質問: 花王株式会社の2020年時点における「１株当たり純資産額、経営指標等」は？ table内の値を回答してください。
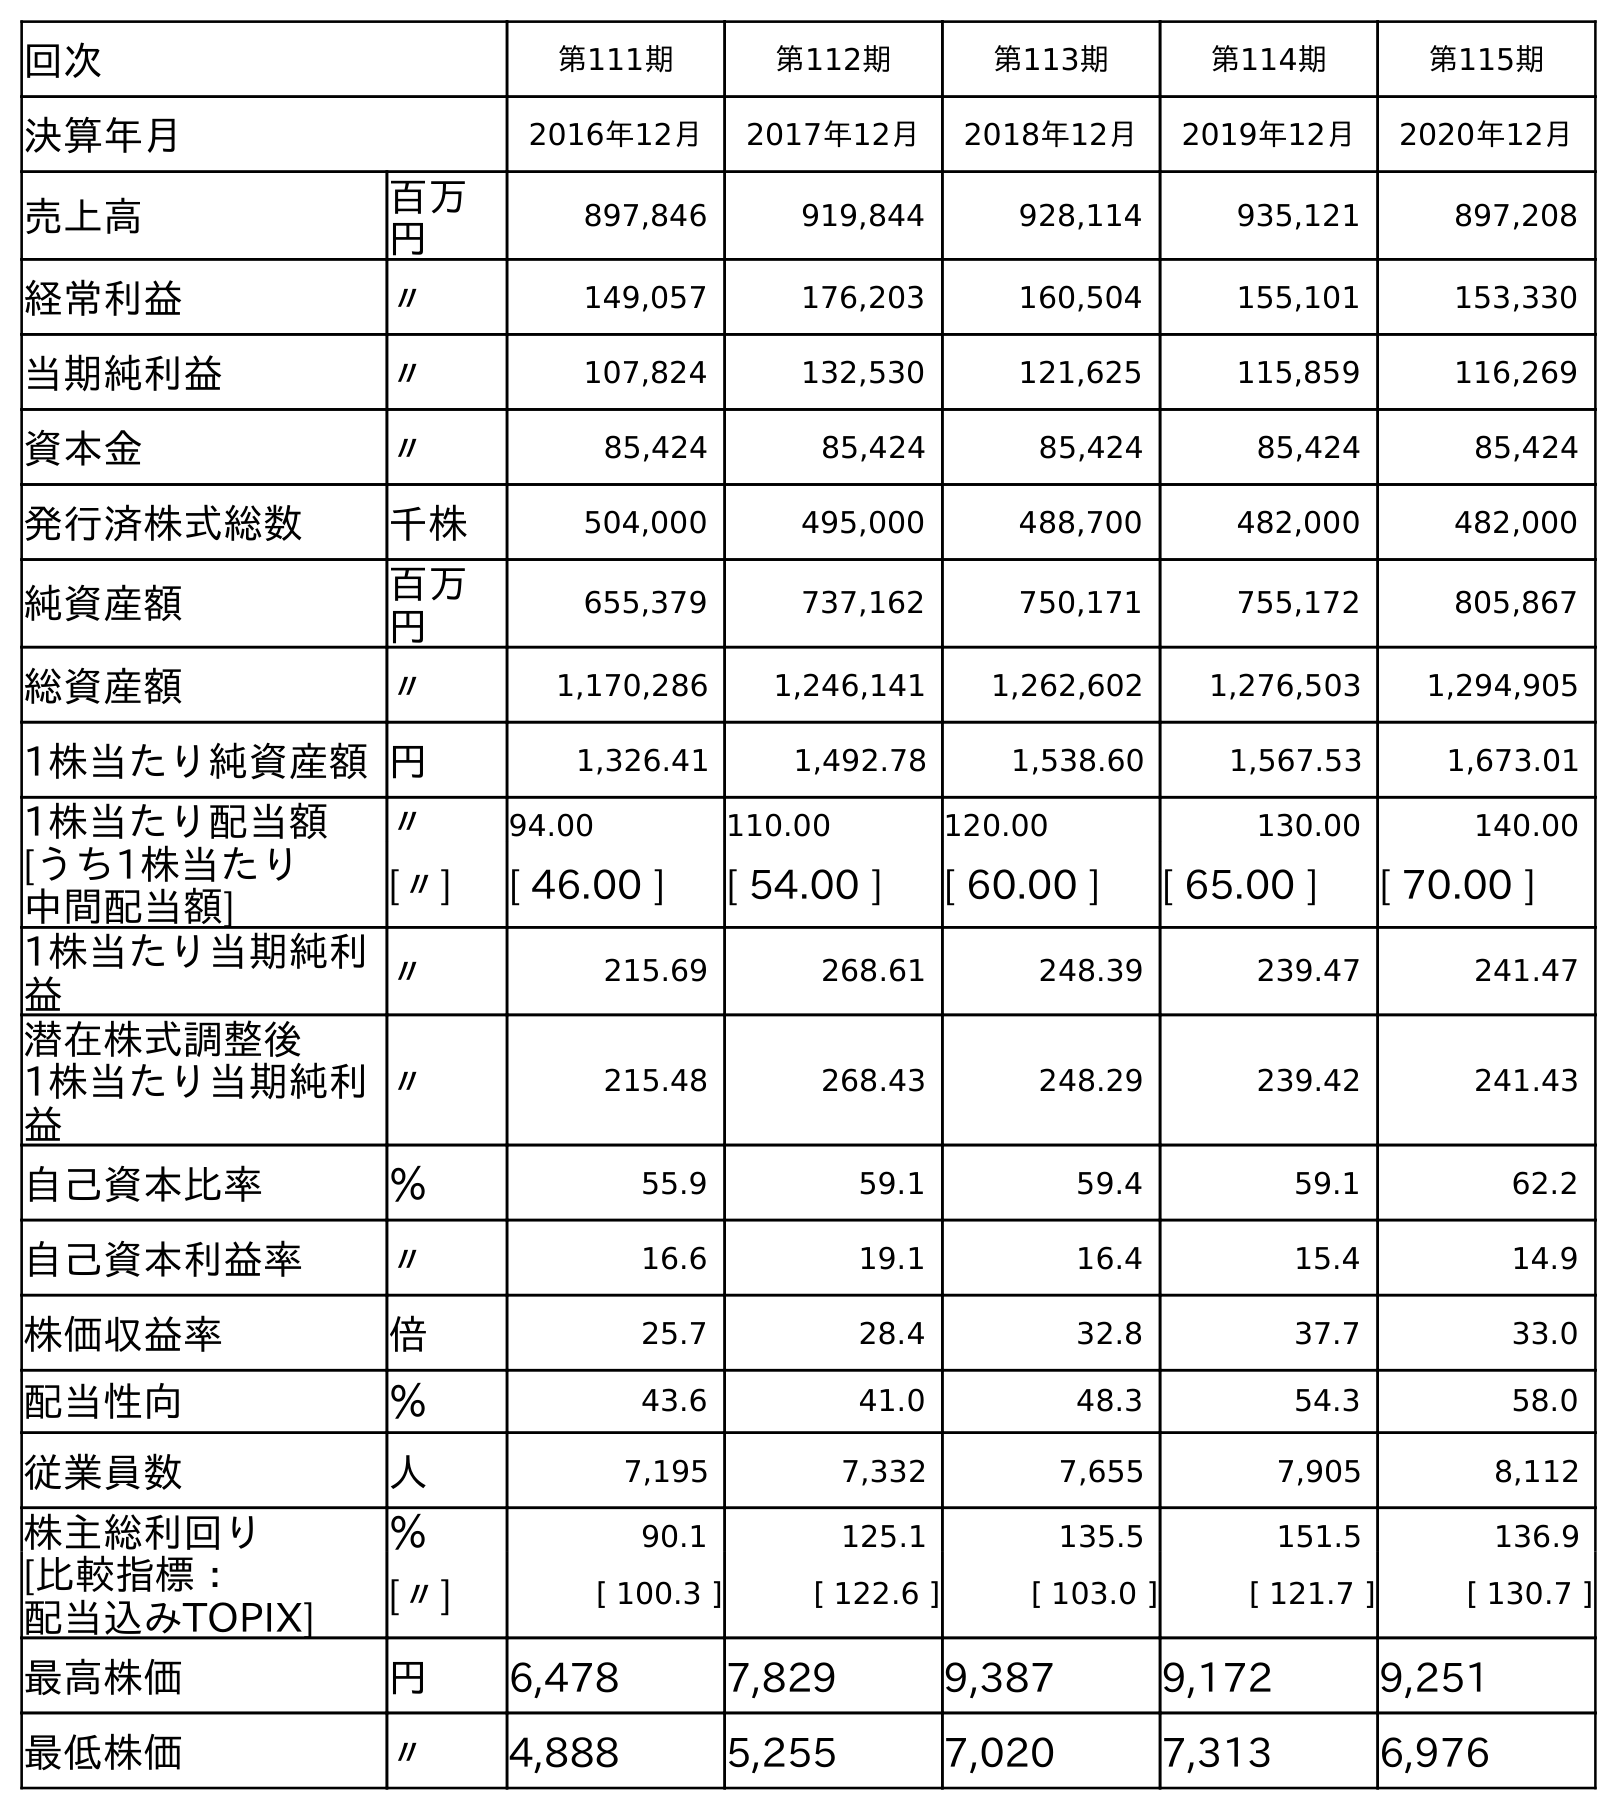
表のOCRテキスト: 回次 第111期 第112期 第113期 第114期 第115期 決算年月 2016年12月 2017年12月 2018年12月 2019年12月 2020年12月 売上高 百万 円 897,846 919,844 928,114 935,121 897,208 経常利益 〃 149,057 176,203 160,504 155,101 153,330 当期純利益 〃 107,824 132,530 121,625 115,859 116,269 資本金 〃 85,424 85,424 85,424 85,424 85,424 発行済株式総数 千株 504,000 495,000 488,700 482,000 482,000 純資産額 百万 円 655,379 737,162 750,171 755,172 805,867 総資産額 〃 1,170,286 1,246,141 1,262,602 1,276,503 1,294,905 1株当たり純資産額円 1,326.41 1,492.78 1,538.60 1,567.53 1,673.01 1株当たり配当額 〃 94.00 110.00 120.00 130.00 140.00 [うち1株当たり 中間配当額] [〃] [ 46.00 ] [ 54.00 ] [ 60.00 ] [ 65.00 ] [ 70.00 ] 1株当たり当期純利 益 〃 215.69 268.61 248.39 239.47 241.47 潜在株式調整後 1株当たり当期純利 益 〃 215.48 268.43 248.29 239.42 241.43 自己資本比率 ％ 55.9 59.1 59.4 59.1 62.2 自己資本利益率 〃 16.6 19.1 16.4 15.4 14.9 株価収益率 倍 25.7 28.4 32.8 37.7 33.0 配当性向 ％ 43.6 41.0 48.3 54.3 58.0 従業員数 人 7,195 7,332 7,655 7,905 8,112 株主総利回り ％ 90.1 125.1 135.5 151.5 136.9 [比較指標： 配当込みTOPIX] [〃] [ 100.3 ] [ 122.6 ] [ 103.0 ] [ 121.7 ] [ 130.7 ] 最高株価 円 6,478 7,829 9,387 9,172 9,251 最低株価 〃 4,888 5,255 7,020 7,313 6,976
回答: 1,673.01